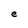
Character: e